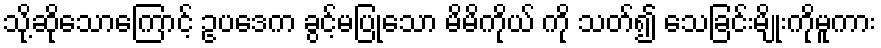
သို့ဆိုသောကြောင့် ဥပဒေက ခွင့်မပြုသော မိမိကိုယ် ကို သတ်၍ သေခြင်းမျိုးကိုမူကား